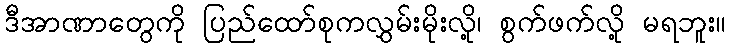
ဒီအာဏာတွေကို ပြည်ထော်စုကလွှမ်းမိုးလို့၊ စွက်ဖက်လို့ မရဘူး။